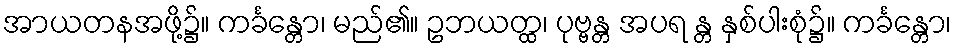
အာယတနအဖို့၌။ ကင်္ခန္တော၊ မည်၏။ ဥဘယတ္ထ၊ ပုဗ္ဗန္တ အပရ န္တ နှစ်ပါးစုံ၌။ ကင်္ခန္တော၊